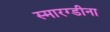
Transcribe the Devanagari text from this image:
स्मारग्डीना